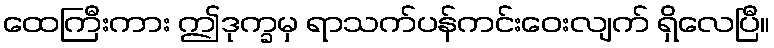
ထေကြီးကား ဤဒုက္ခမှ ရာသက်ပန်ကင်းဝေးလျက် ရှိလေပြီ။